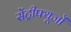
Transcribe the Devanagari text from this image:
सेंट्रीफ्यूजों